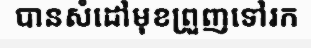
បានសំដៅមុខព្រួញទៅរក